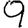
Digit: 9